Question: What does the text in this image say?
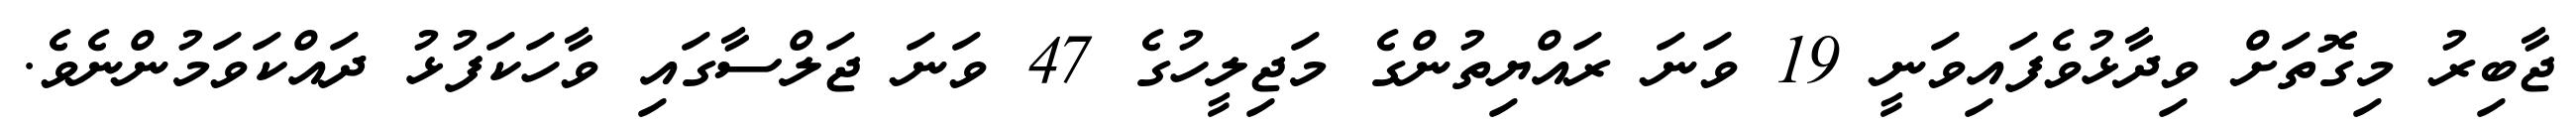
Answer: ޖާބިރު މިގޮތަށް ވިދާޅުވެފައިވަނީ 19 ވަނަ ރައްޔިތުންގެ މަޖިލީހުގެ 47 ވަނަ ޖަލްސާގައި ވާހަކަފުޅު ދައްކަވަމުންނެވެ.